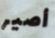
أصير